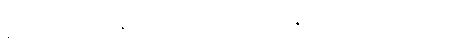
ရုတဂတာဒိဝသေန သကုဏဉာဏံ။ ဝါယသဝိဇ္ဇာတိ ကာကရုတဉာဏံ, တံ